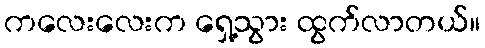
ကလေးလေးက ရှေ့သွား ထွက်လာတယ်။